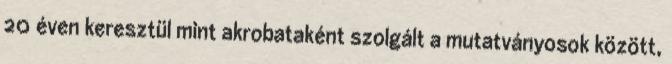
20 éven keresztül mint akrobataként szolgált a mutatványosok között,